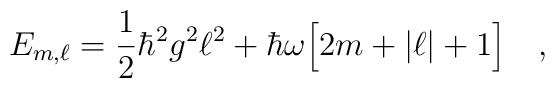
E_{m,\ell}=\frac{1}{2}\hbar^2g^2\ell^2+\hbar\omega\Big[2m+|\ell|+1\Big]\ \ \ ,